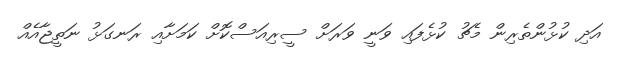
އަދި ކުޅުންތެރިން މެޗު ކުޅެފައި ވަނީ ވަރަށް ސީރިއަސްކޮށް ކަމަށާއި ރަނގަޅު ނަތީޖާއެއް